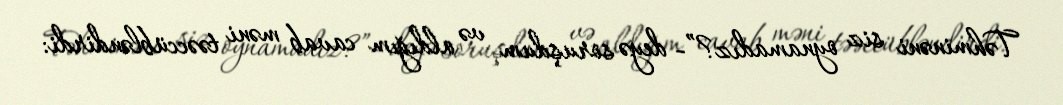
Təhminəni siz oynamadız?”- deyə soruşdum və aldığım cavab məni təəccübləndirdi: